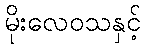
မိုးလေဝသနှင့်